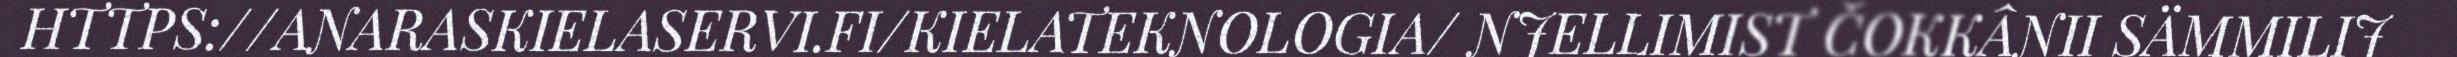
HTTPS://ANARASKIELASERVI.FI/KIELATEKNOLOGIA/ NJELLIMIST ČOKKÂNII SÄMMILIJ